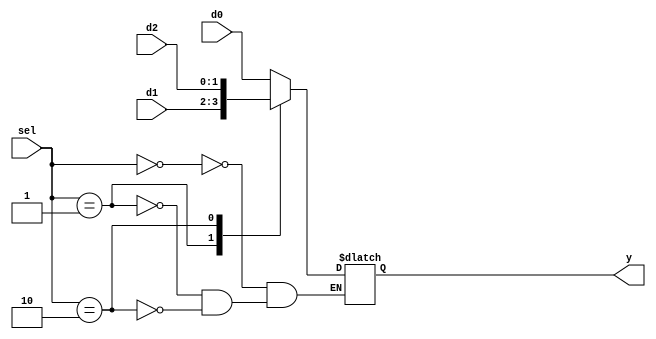
module b2_mux_3_1_case
(
  input      [1:0] d0, d1, d2,
  input      [1:0] sel,
  output reg [1:0] y
);

  always @ (*)
    case (sel)
      2'b00: y = d0;
      2'b01: y = d1;
      2'b10: y = d2;
    endcase
endmodule